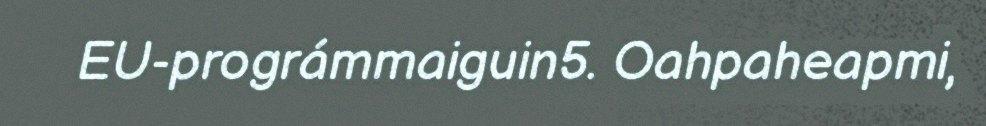
EU-prográmmaiguin5. Oahpaheapmi,